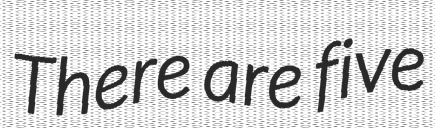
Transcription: There are five